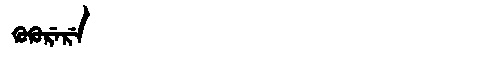
Manchu: ᡴᡠᡴᡠᡵᡝᡵᡝ
Romanization: KUKURERE